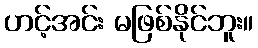
ဟင့်အင်း မဖြစ်နိုင်ဘူး။